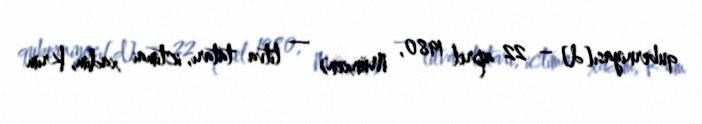
quberniyası[d] – 22 aprel 1980, Münxen) — litva tatarı, ictimai xadim, Krım